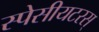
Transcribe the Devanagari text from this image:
स्पेसीयटरस्